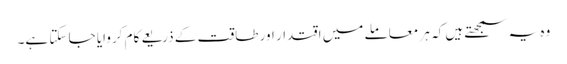
وہ یہ سمجھتے ہیں کہ ہر معاملے میں اقتدار اور طاقت کے ذریعے کام کروایا جا سکتا ہے۔